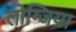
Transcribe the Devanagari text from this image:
लोग्जिया